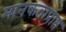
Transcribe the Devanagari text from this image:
मानकताप्राप्त